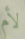
لأم